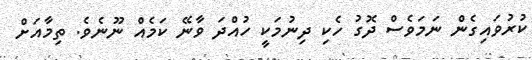
ކުރުވައިގެން ނަމަވެސް ދޮގު ހެކި ދިނުމަކީ ހުއްދަ ވާނޭ ކަމެއް ނޫނެވެ. ތިމާއަށް